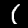
Label: 1